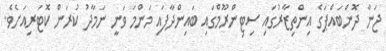
ޖަނާ ދޮންބައްޕަގެ އިންތިޒާރުގައި ސިޓިންރޫމްގައި ބައިންދާފައި މަންމަ ވަނީ ނަމާދު ކުރަން ކޮޓަރިއަށެވެ.